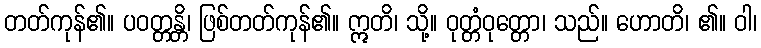
တတ်ကုန်၏။ ပဝတ္တန္တိ၊ ဖြစ်တတ်ကုန်၏။ ဣတိ၊ သို့။ ဝုတ္တံဝုတ္တော၊ သည်။ ဟောတိ၊ ၏။ ဝါ၊